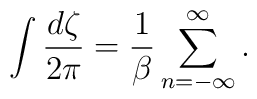
\int{d\zeta\over2\pi}={1\over\beta}\sum_{n=-\infty}^\infty.